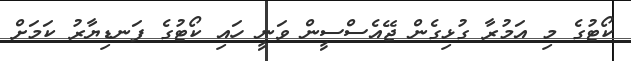
ކޯޓުގެ މި އަމުރާ ގުޅިގެން ޖޭއެސްސީން ވަނީ ހައި ކޯޓުގެ ފަނޑިޔާރު ކަމަށް